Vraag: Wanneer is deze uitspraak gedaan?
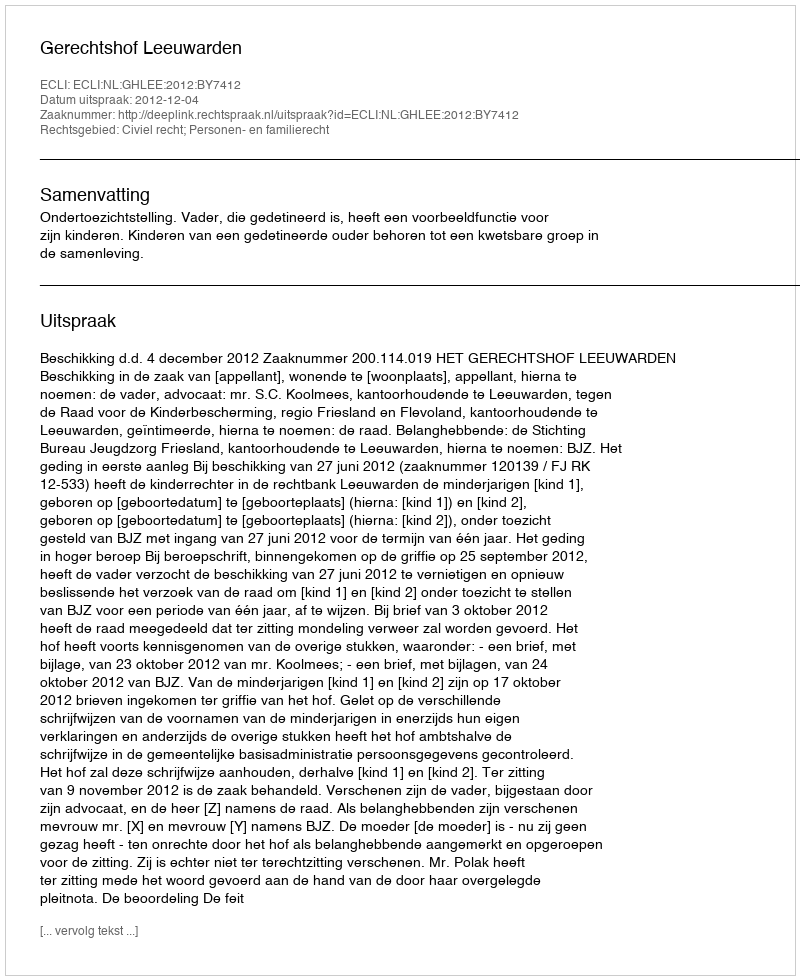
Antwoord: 2012-12-04